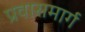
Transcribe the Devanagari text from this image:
प्रवासमार्ग